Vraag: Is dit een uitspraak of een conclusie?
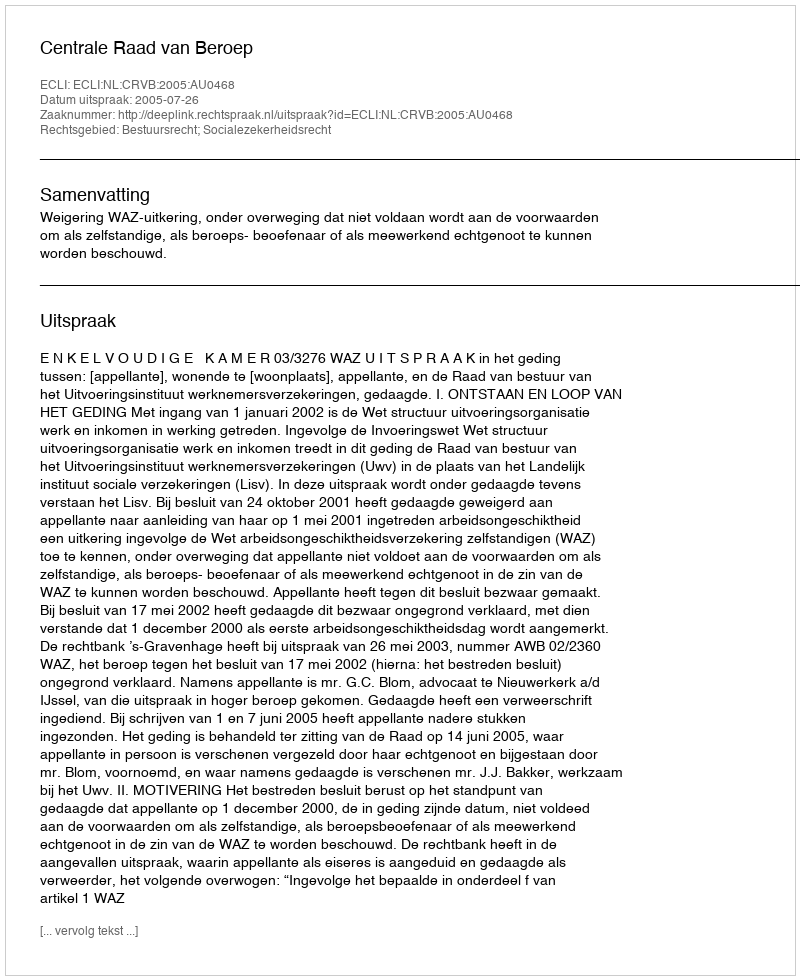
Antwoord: Uitspraak